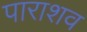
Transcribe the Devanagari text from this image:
पाराशव